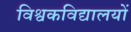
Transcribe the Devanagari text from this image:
विश्वकविद्यालयों